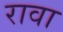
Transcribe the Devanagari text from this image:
रावा